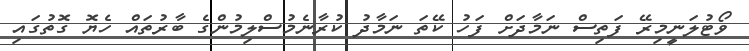
ވޯޓުލަނީމިރޭ ފަތިސް ނަމާދަށް ފަހު ކޭތަ ނަމާދު ކުރާނެމުސްލިމުންގެ ބާރުތައް ހެޔޮ ގޮތުގައި